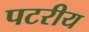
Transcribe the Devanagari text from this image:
पटरीय